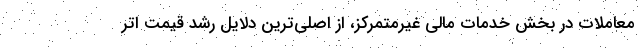
معاملات در بخش خدمات مالی غیرمتمرکز، از اصلی‌ترین دلایل رشد قیمت اتر